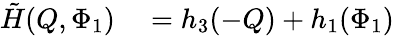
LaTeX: \begin{array}{rl}{\tilde{H}(Q,\Phi_{1})}&{{}=h_{3}(-Q)+h_{1}(\Phi_{1})}\end{array}